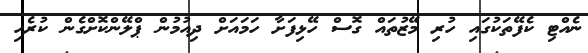
ނެއްޓި ކެފޭތަކުގައި ހުރި މޭޒުތައް ގޮސް ހޭޅިފަށާ ހަމައަށް ދިއުމުން ޕްލޭންކޮށްގެން ކުރެހި